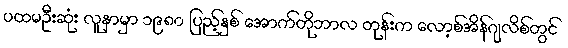
ပထမဦးဆုံး လူနာမှာ ၁၉၈၀ ပြည့်နှစ် အောက်တိုဘာလ တုန်းက လော့စ်အိန်ဂျလိစ်တွင်